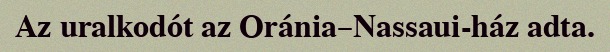
Az uralkodót az Oránia–Nassaui-ház adta.